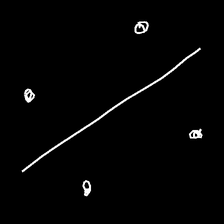
Glyph: cool